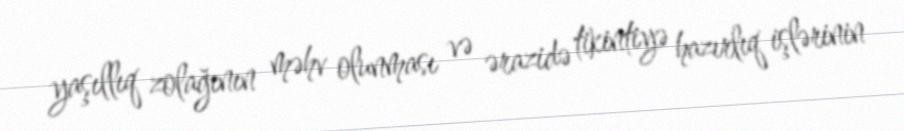
yaşıllıq zolağının məhv olunması və ərazidə tikintiyə hazırlıq işlərinin